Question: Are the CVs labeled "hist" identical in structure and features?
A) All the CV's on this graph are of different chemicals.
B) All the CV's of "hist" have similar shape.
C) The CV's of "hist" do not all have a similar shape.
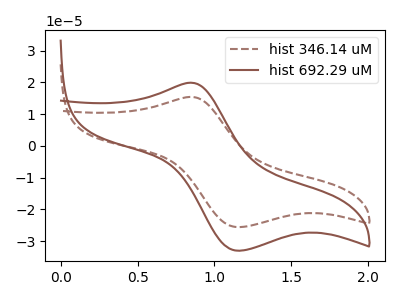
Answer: <think>The brown dashed curve "hist 346.14 uM" has an anodic peak at (0.85V, 15.40uA) and a cathodic peak at (1.15V, -25.60uA). The brown curve "hist 692.29 uM" has an anodic peak at (0.85V, 19.90uA) and a cathodic peak at (1.15V, -33.05uA).
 All the peaks in "hist 346.14 uM" have a peak in "hist 692.29 uM" at the same potential. Every peak in "hist 346.14 uM" is lower than every peak in "hist 692.29 uM".</think>
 <answer>B) All the CV's of "hist" have similar shape.</answer>
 <eval>B</eval>